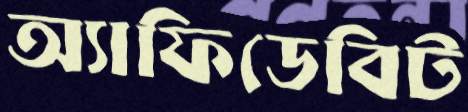
অ্যাফিডেবিট